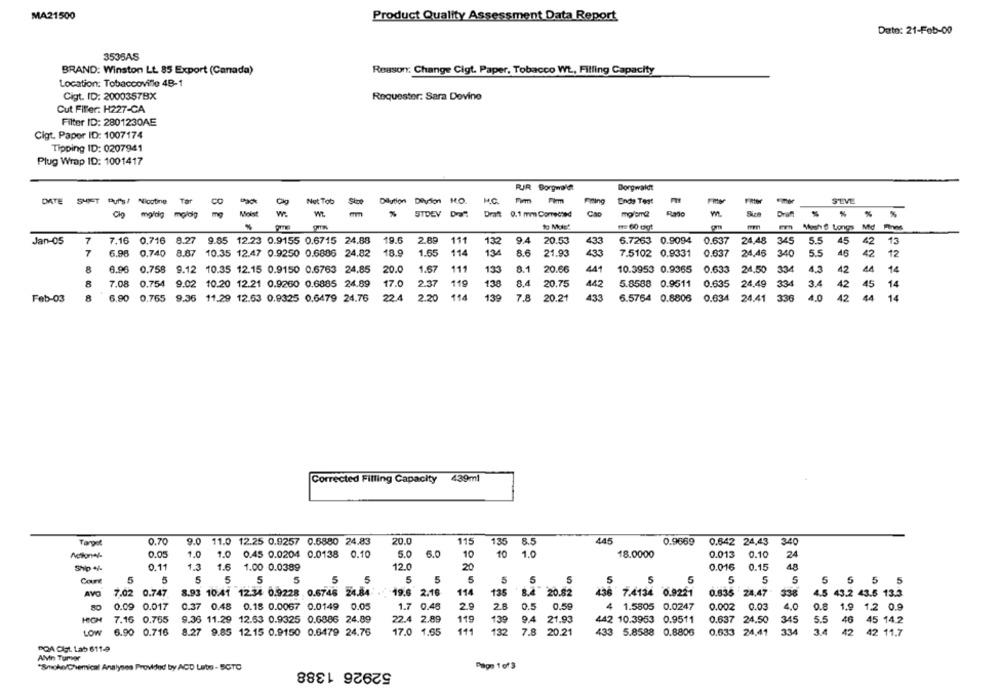
MA21500
Product Quality Assessment Data Report
Date: 21-Feb-00
3535AS
Reason: Change Cigt. Paper, Tobacco WŁ, Filling Capacity
BRAND: Winston Lt. 85 Export (Canada)
Location: Tobaccoville 48-1
Cigt. ID: 2000357BX
Roquester: Sara Dovino
Cut Fiffer: H227-CA
Filter ID: 2801230AE
Cigt. Paper ID: 1007174
Tipping ID: 0207941
Plug Wrap ID: 1001417
RJR Borgwaldt
Borgwaldt
DATE
SHIFT
Pur's/ Nicotine Tar
Not Tob
Dilution
Divilon HO.
Ende Test
S'LVE
Fiting
mg
Moist
mm
STDEV Dal
Draft 0.1 mm Comected
w.
Draft
%
%
Mosh 6 Longs Md Finws
Jan-05
7
7.16 0.716 8.27
9.85 12.23 0.9155 0.6715 24.88
19.6
2.89
111
132
94
20.53
433
6.7263 0.9094
0.637
24.48 345
5.5
45
42
13
7
6.96
0.740 8.87 10.35 12.47 0.9250 0.6886 24,82
18.9
1.65
114
134
8.6
21.93
433
7.5102 0.9331
0.637
24,45
340
5.5
46
42
12
8
6.96 0.758 9.12 10.35 12.15 0.9150 0.6763 24.85
20.0
1.57
111
8.1
20.66
441
10.3953 0.9365 0.633
24,50 334
4.3
42
44
14
8
7.08 0.754 9.02 10.20 12.21 0.9260 0.6885 24.89
17.0
2.37
119
138
8.4
20.75
442
5.8588 0.9511
0.635
3.4
42
45
14
24,49
6.90 0.765 9.36 11.29 12.63 0.9325 0.6479 24.76
22.4
2.20
114
139
7.8 20.21
433
6.5764 0.8806 0.634 24.41 336
4.0
42
44
14
Feb-03
Corrected Filling Capacity
439ml
0.70
20.0
445
340
Target
9.0 11.0 12.25 0.9257 0.5880 24.83
115
135
8.5
0.9669
0.642 24,43
0.05
1.0
0.45 0.0204 0.0138 0.10
5.0
6.0
10
10
1.0
18.0000
0.013
0.10
24
Ship 4%
0.11
1.3 1.6 1.00 0.0389
12.0
20
0.016
0.15
48
Court
5
5
5
5
5
5
5
5
5
5
5
5
5
S
5
5
5
5
5 5 5 5
AVO
7.02 0.747
8.93 10.41 12.34 0.9228 . 0.6746 24.84
19.6 2.16
11
135
8.4 20.82
436 7.4134 0.9221
0.835 24.47
338
4.5 43.2 43.6 13.3
0.09 0.017
0.37 0.48 0.18 0.0067 0.0149 0.05
1.7 0.45
2.9
2.8
0.5
0.58
4 1.5805 0.0247
0.002
0.03
4.0
0.8
1.9 1.2 0.9
HIGH 7.16 0.765
9.36 11.29 12.53 0.9325 0.6886 24.89
22.4 2.89
119
139
9.4
21.93
442 10.3953 0.9511
0.637 24.50
345
5.5
46 45 14.2
33
LOW 6.90 0.716
8.27 9.85 1215 0.9150 0.6479 24.76
17.0 1.65
111
132
7.8 20.21
433 5.8588 0.8806
0.633 24.41
3.4
42 42 11.7
POA Cigt. Lab 611-4
Alvin Turvar
52926 1388
"Smoke/Chemical Analyses Provided by ACD Labs - SCTC
Page 1 of3